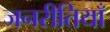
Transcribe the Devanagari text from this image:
जनरीतियाँ